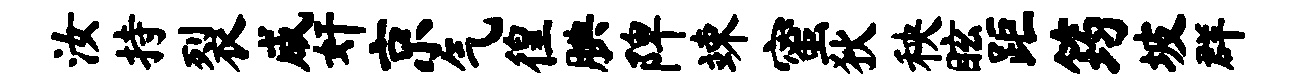
汝持裂咸奸京气徨腆陴竦蜜狄秧眩距筠坡群